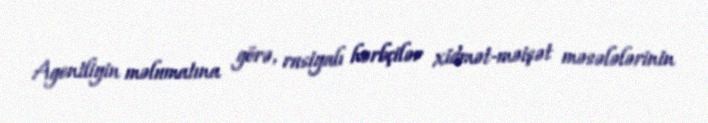
Agentliyin məlumatına görə, rusiyalı hərbçilər xidmət-məişət məsələlərinin